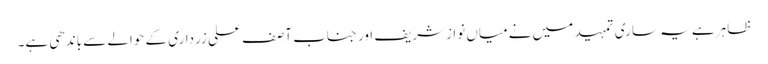
ظاہر ہے یہ ساری تمہید میں نے میاں نوازشریف اور جناب آصف علی زرداری کے حوالے سے باندھی ہے۔